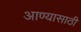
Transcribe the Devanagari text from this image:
आण्यासाठी